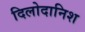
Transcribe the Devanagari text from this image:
दिलोदानिश